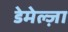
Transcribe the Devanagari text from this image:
डेमेल्ज़ा